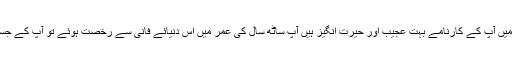
آپ نے روم و فارس کے ایوانوں کو اپنی قوت ایمانی ، شجاعت اور مردانگی سے ہلا کر رکھ دیا ان جنگو میں آپ کے کارنامے بہت عجیب اور حیرت انگیز ہیں آپ ساٹھ سال کی عمر میں اس دنیائے فانی سے رخصت ہوئے تو آپ کے جسم پر کوئی ایک بالشت برابر جگہ ایسی نہیں تھی جس پر شہداء کی مہر یعنی اللہ کے راستے کا زخم نہ ہو۔